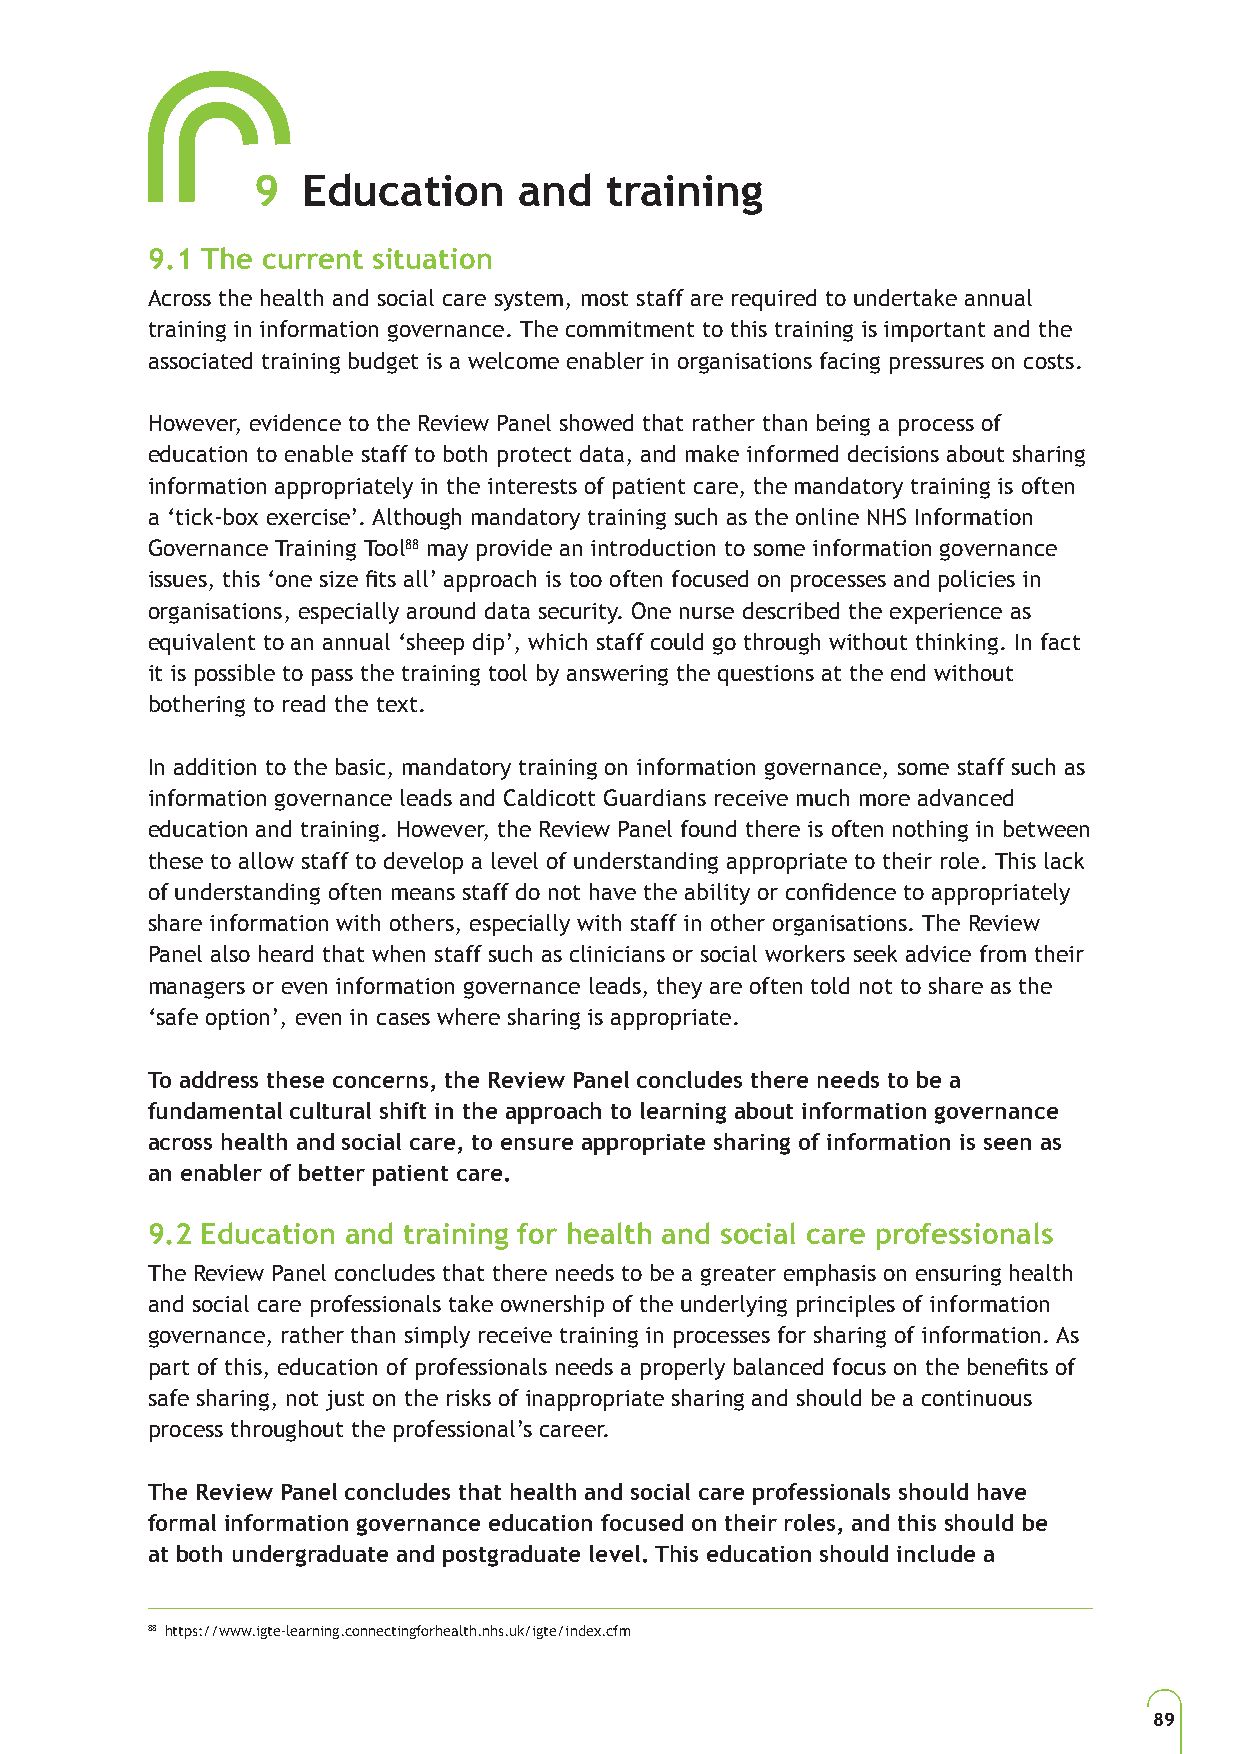
9  Education     and   training
 9.1 The current situation
 Across the health and social care system, most staff are required to undertake annual
 training in information governance. The commitment to this training is important and the
 associated training budget is a welcome enabler in organisations facing pressures on costs.
 However, evidence to the Review Panel showed that rather than being a process of
 education to enable staff to both protect data, and make informed decisions about sharing
 information appropriately in the interests of patient care, the mandatory training is often
 a ‘tick-box exercise’. Although mandatory training such as the online NHS Information
 Governance Training Tool88 may provide an introduction to some information governance
 issues, this ‘one size fits all’ approach is too often focused on processes and policies in
 organisations, especially around data security. One nurse described the experience as
 equivalent to an annual ‘sheep dip’, which staff could go through without thinking. In fact
 it is possible to pass the training tool by answering the questions at the end without
 bothering to read the text.
 In addition to the basic, mandatory training on information governance, some staff such as
 information governance leads and Caldicott Guardians receive much more advanced
 education and training. However, the Review Panel found there is often nothing in between
 these to allow staff to develop a level of understanding appropriate to their role. This lack
 of understanding often means staff do not have the ability or confidence to appropriately
 share information with others, especially with staff in other organisations. The Review
 Panel also heard that when staff such as clinicians or social workers seek advice from their
 managers or even information governance leads, they are often told not to share as the
 ‘safe option’, even in cases where sharing is appropriate.
 To address these concerns, the Review Panel concludes there needs to be a
 fundamental cultural shift in the approach to learning about information governance
 across health and social care, to ensure appropriate sharing of information is seen as
 an enabler of better patient care.
 9.2 Education and training for health and social care professionals
 The Review Panel concludes that there needs to be a greater emphasis on ensuring health
 and social care professionals take ownership of the underlying principles of information
 governance, rather than simply receive training in processes for sharing of information. As
 part of this, education of professionals needs a properly balanced focus on the benefits of
 safe sharing, not just on the risks of inappropriate sharing and should be a continuous
 process throughout the professional’s career.
 The Review Panel concludes that health and social care professionals should have
 formal information governance education focused on their roles, and this should be
 at both undergraduate and postgraduate level. This education should include a
 88 https://www.igte-learning.connectingforhealth.nhs.uk/igte/index.cfm
 89